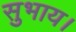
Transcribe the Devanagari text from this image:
सुभाय।